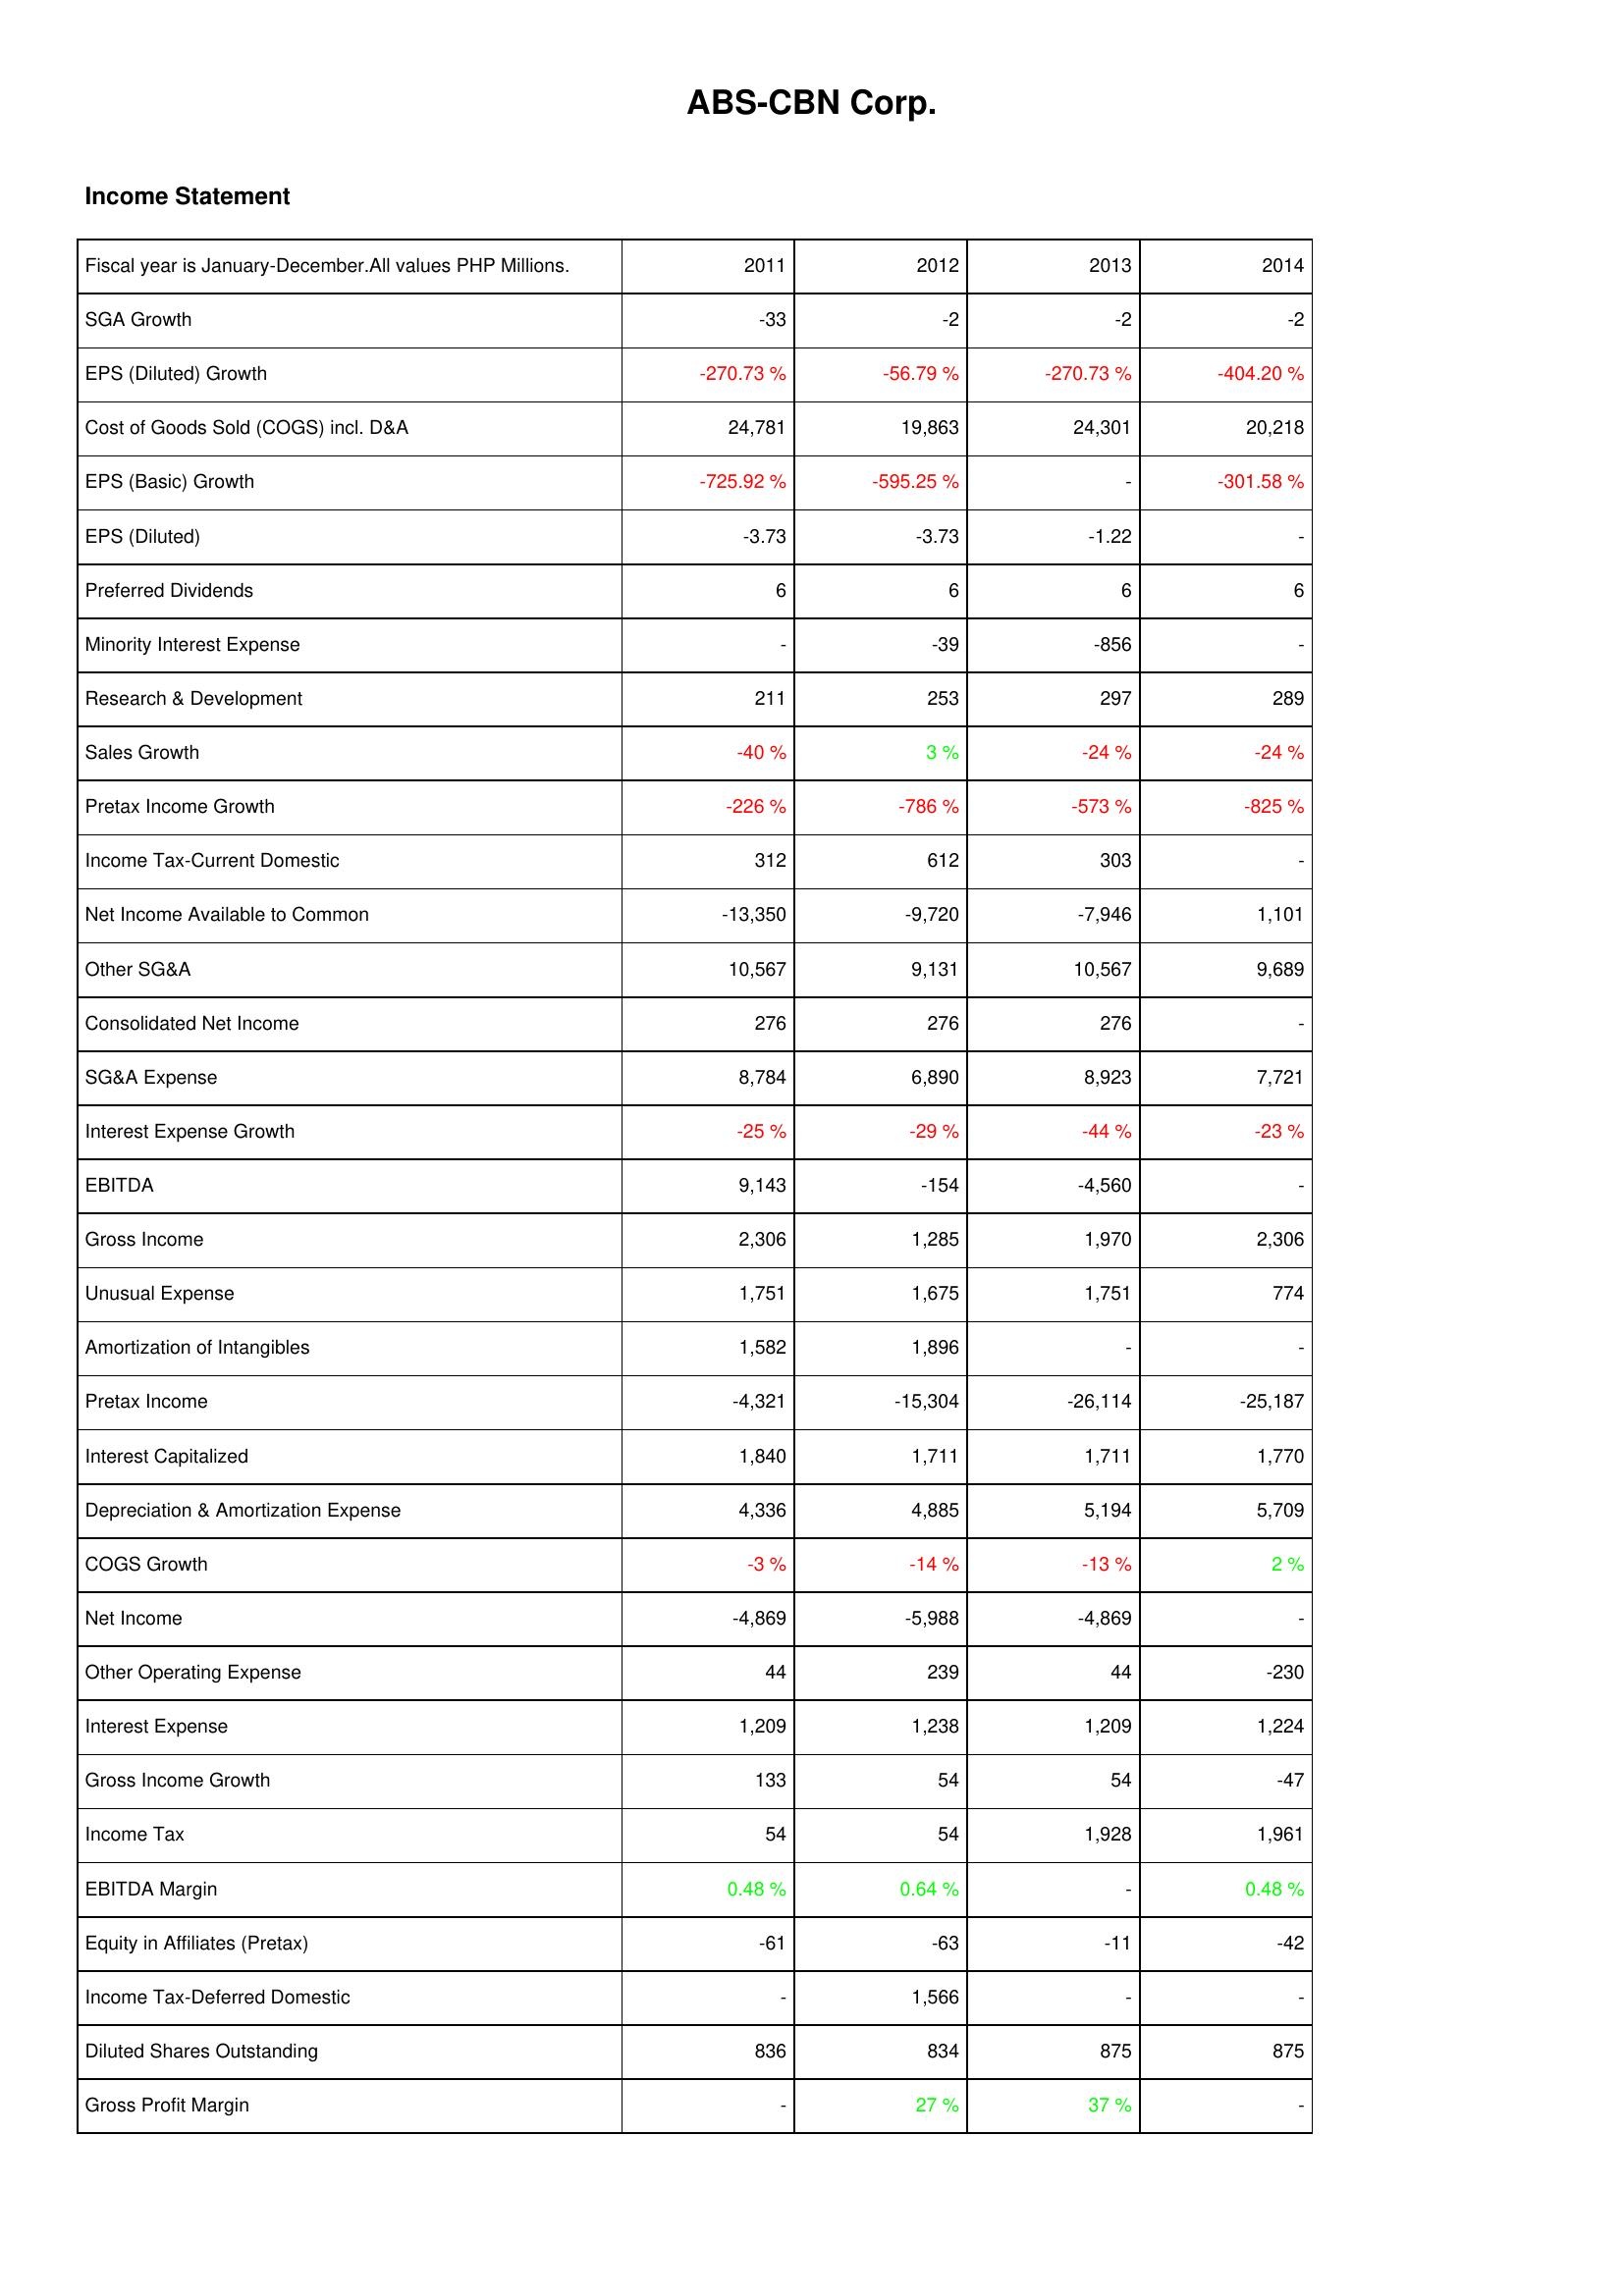
2011: Income Statement: SGA Growth: -33
EPS (Diluted) Growth: -270.73 %
Cost of Goods Sold (COGS) incl. D&A: 24,781
EPS (Basic) Growth: -725.92 %
EPS (Diluted): -3.73
Preferred Dividends: 6
Minority Interest Expense: -
Research & Development: 211
Sales Growth: -40 %
Pretax Income Growth: -226 %
Income Tax-Current Domestic: 312
Net Income Available to Common: -13,350
Other SG&A: 10,567
Consolidated Net Income: 276
SG&A Expense: 8,784
Interest Expense Growth: -25 %
EBITDA: 9,143
Gross Income: 2,306
Unusual Expense: 1,751
Amortization of Intangibles: 1,582
Pretax Income: -4,321
Interest Capitalized: 1,840
Depreciation & Amortization Expense: 4,336
COGS Growth: -3 %
Net Income: -4,869
Other Operating Expense: 44
Interest Expense: 1,209
Gross Income Growth: 133
Income Tax: 54
EBITDA Margin: 0.48 %
Equity in Affiliates (Pretax): -61
Income Tax-Deferred Domestic: -
Diluted Shares Outstanding: 836
Gross Profit Margin: -
2012: Income Statement: SGA Growth: -2
EPS (Diluted) Growth: -56.79 %
Cost of Goods Sold (COGS) incl. D&A: 19,863
EPS (Basic) Growth: -595.25 %
EPS (Diluted): -3.73
Preferred Dividends: 6
Minority Interest Expense: -39
Research & Development: 253
Sales Growth: 3 %
Pretax Income Growth: -786 %
Income Tax-Current Domestic: 612
Net Income Available to Common: -9,720
Other SG&A: 9,131
Consolidated Net Income: 276
SG&A Expense: 6,890
Interest Expense Growth: -29 %
EBITDA: -154
Gross Income: 1,285
Unusual Expense: 1,675
Amortization of Intangibles: 1,896
Pretax Income: -15,304
Interest Capitalized: 1,711
Depreciation & Amortization Expense: 4,885
COGS Growth: -14 %
Net Income: -5,988
Other Operating Expense: 239
Interest Expense: 1,238
Gross Income Growth: 54
Income Tax: 54
EBITDA Margin: 0.64 %
Equity in Affiliates (Pretax): -63
Income Tax-Deferred Domestic: 1,566
Diluted Shares Outstanding: 834
Gross Profit Margin: 27 %
2013: Income Statement: SGA Growth: -2
EPS (Diluted) Growth: -270.73 %
Cost of Goods Sold (COGS) incl. D&A: 24,301
EPS (Basic) Growth: -
EPS (Diluted): -1.22
Preferred Dividends: 6
Minority Interest Expense: -856
Research & Development: 297
Sales Growth: -24 %
Pretax Income Growth: -573 %
Income Tax-Current Domestic: 303
Net Income Available to Common: -7,946
Other SG&A: 10,567
Consolidated Net Income: 276
SG&A Expense: 8,923
Interest Expense Growth: -44 %
EBITDA: -4,560
Gross Income: 1,970
Unusual Expense: 1,751
Amortization of Intangibles: -
Pretax Income: -26,114
Interest Capitalized: 1,711
Depreciation & Amortization Expense: 5,194
COGS Growth: -13 %
Net Income: -4,869
Other Operating Expense: 44
Interest Expense: 1,209
Gross Income Growth: 54
Income Tax: 1,928
EBITDA Margin: -
Equity in Affiliates (Pretax): -11
Income Tax-Deferred Domestic: -
Diluted Shares Outstanding: 875
Gross Profit Margin: 37 %
2014: Income Statement: SGA Growth: -2
EPS (Diluted) Growth: -404.20 %
Cost of Goods Sold (COGS) incl. D&A: 20,218
EPS (Basic) Growth: -301.58 %
EPS (Diluted): -
Preferred Dividends: 6
Minority Interest Expense: -
Research & Development: 289
Sales Growth: -24 %
Pretax Income Growth: -825 %
Income Tax-Current Domestic: -
Net Income Available to Common: 1,101
Other SG&A: 9,689
Consolidated Net Income: -
SG&A Expense: 7,721
Interest Expense Growth: -23 %
EBITDA: -
Gross Income: 2,306
Unusual Expense: 774
Amortization of Intangibles: -
Pretax Income: -25,187
Interest Capitalized: 1,770
Depreciation & Amortization Expense: 5,709
COGS Growth: 2 %
Net Income: -
Other Operating Expense: -230
Interest Expense: 1,224
Gross Income Growth: -47
Income Tax: 1,961
EBITDA Margin: 0.48 %
Equity in Affiliates (Pretax): -42
Income Tax-Deferred Domestic: -
Diluted Shares Outstanding: 875
Gross Profit Margin: -